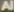
Al